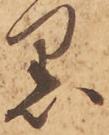
黒